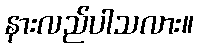
နားလည်ပါသလား။